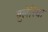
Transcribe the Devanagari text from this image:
बुलेरिया